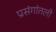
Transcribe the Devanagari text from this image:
प्रसंगांतली